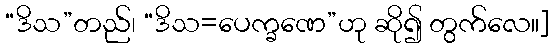
“ဒိသ”တည်၊ “ဒိသ=ပေက္ခဏေ”ဟု ဆို၍ တွက်လေ။]